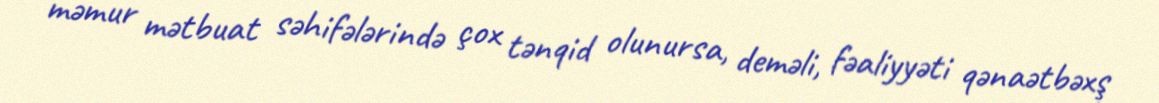
məmur mətbuat səhifələrində çox tənqid olunursa, deməli, fəaliyyəti qənaətbəxş